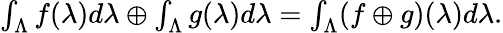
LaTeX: \begin{array}{r}{\int_{\Lambda}f(\lambda)d\lambda\oplus\int_{\Lambda}g(\lambda)d\lambda=\int_{\Lambda}(f\oplus g)(\lambda)d\lambda.}\end{array}